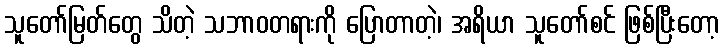
သူတော်မြတ်တွေ သိတဲ့ သဘာဝတရားကို ပြောတာတဲ့၊ အရိယာ သူတော်စင် ဖြစ်ပြီးတော့